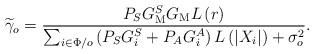
LaTeX: \begin{align*}{\widetilde{\gamma}_o} = \frac{{{P_S} G_\mathrm{M}^{S} G_\mathrm{M} L\left(r\right) }}{{\sum\nolimits_{i \in \Phi /o} \left(P_S G_i^{S}+P_A G_i^{A}\right) L\left(\left|X_i\right|\right) + {\sigma_o^2}}}.\end{align*}